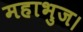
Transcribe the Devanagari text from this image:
महाभुज।